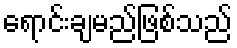
ရောင်းချမည်ဖြစ်သည်